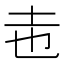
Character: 𭍽